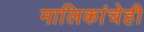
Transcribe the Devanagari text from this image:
मालिकांचेही